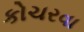
કોચરવા